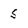
Character: s